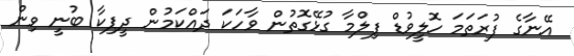
އޭނާގެ ފުރަތަމަ ހޮލީވުޑް ފިލްމާ ގުޅޭގޮތުން ވާހަކަ ދައްކަމުން ދީޕިކާ ބުނީ ވިން